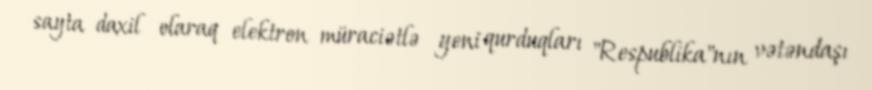
sayta daxil olaraq elektron müraciətlə yeni qurduqları "Respublika"nın vətəndaşı